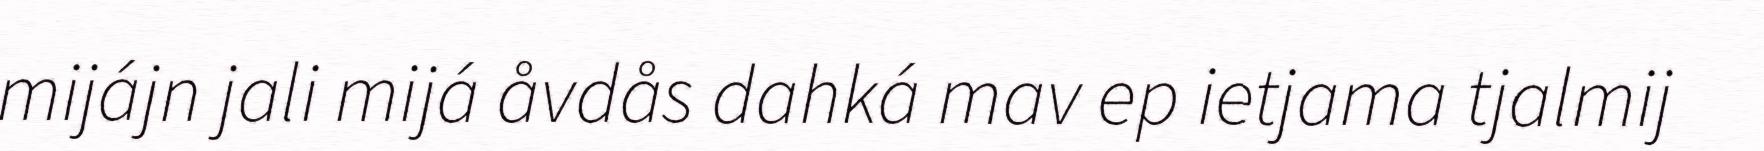
mijájn jali mijá åvdås dahká mav ep ietjama tjalmij